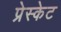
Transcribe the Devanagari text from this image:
प्रेस्केट